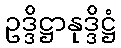
ဥဒ္ဒိဋ္ဌာနုဒ္ဒိဋ္ဌံ